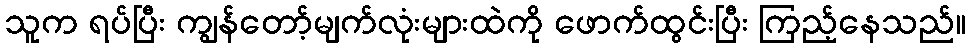
သူက ရပ်ပြီး ကျွန်တော့်မျက်လုံးများထဲကို ဖောက်ထွင်းပြီး ကြည့်နေသည်။